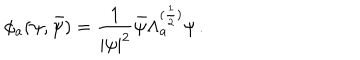
LaTeX: \phi _ { a } ( \psi , \bar { \psi } ) = \frac { 1 } { | \psi | ^ { 2 } } \bar { \psi } \Lambda _ { a } ^ { ( \frac { 1 } { 2 } ) } \psi \, .